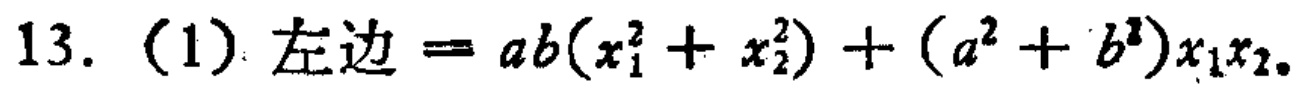
13. (1) 左边 \(=ab(x_{1}^{2}+x_{2}^{2})+(a^{2}+b^{2})x_{1}x_{2}\)